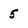
Character: 5